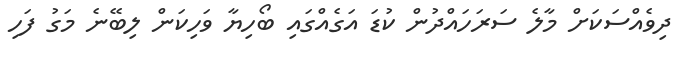
ދިވެއްސަކަށް މާލެ ސަރަހައްދުން ކުޑަ އަގެއްގައި ބޯހިޔާ ވަހިކަން ލިބޭނެ މަގު ފަހި